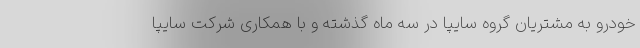
خودرو به مشتریان گروه سایپا در سه ماه گذشته و با همکاری شرکت سایپا